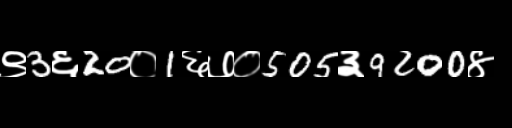
Text: ९3६20०1६७०505३9200४